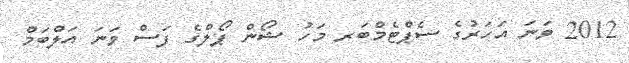
2012 ވަނަ އަހަރުގެ ސެޕްޓެމްބަރ މަހު ޝޯން ޕޯލްގެ ފަސް ވަނަ އަލްބަމް